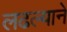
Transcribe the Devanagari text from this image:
लढल्याने